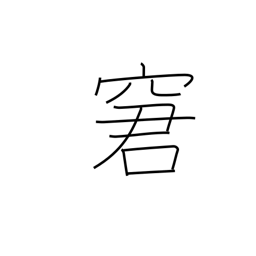
Meaning: rebuke